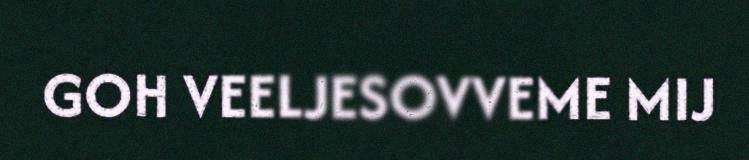
GOH VEELJESOVVEME MIJ